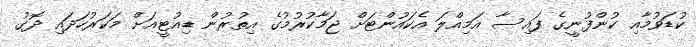
ކުޑަވުމާއި ކުންފުނީގެ ފައިސާ އަމިއްލަ އެކައުންޓަށް ޖަމާކުރުމުގެ އިތުރުން ޑިއުޓީއަށް މަކަރުހަދައި ދޮގު